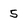
Character: 5